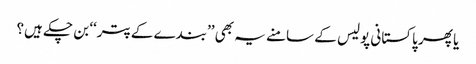
یا پھر پاکستانی پولیس کے سامنے یہ بھی ’’بندے کے پتر‘‘ بن چکے ہیں؟